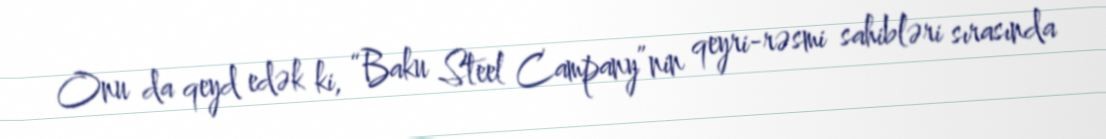
Onu da qeyd edək ki, “Baku Steel Campany”nin qeyri-rəsmi sahibləri sırasında